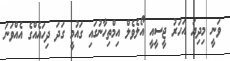
ވަނީ މިދިޔަ އަހަރު ޖީސީއީ އޯލެވެލް އިމްތިހާނުގައި ގައުމީ ގަދަ ދިހައެއްގެ އެއްވަނަ